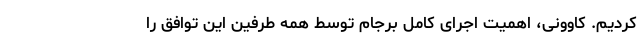
کردیم. کاوونی، اهمیت اجرای کامل برجام توسط همه طرفین این توافق را